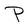
Character: P